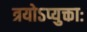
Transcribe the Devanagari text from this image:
त्रयोऽप्युक्ताः